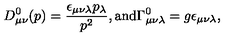
D _ { \mu \nu } ^ { 0 } ( p ) = \frac { \epsilon _ { \mu \nu \lambda } p _ { \lambda } } { p ^ { 2 } } , { } \mathrm { a n d } \Gamma _ { \mu \nu \lambda } ^ { 0 } = g \epsilon _ { \mu \nu \lambda } ,